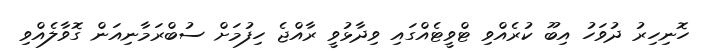
ހޮނިހިރު ދުވަހު އިބޫ ކުރެއްވި ޓްވީޓެއްގައި ވިދާޅުވީ ރާއްޖެ ހިފުމަށް ސުބްރަމާނިއަން ގޮވާލެއްވި